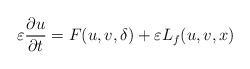
LaTeX: \begin{align*}\varepsilon\frac{\partial u}{\partial t}=F(u,v,\delta)+\varepsilon L_{f}(u,v,x)\end{align*}